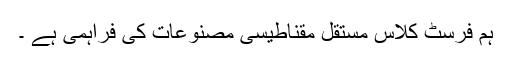
ہم فرسٹ کلاس مستقل مقناطیسی مصنوعات کی فراہمی ہے ۔